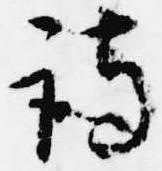
詩